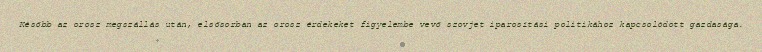
Később az orosz megszállás után, elsősorban az orosz érdekeket figyelembe vevő szovjet iparosítási politikához kapcsolódott gazdasága.